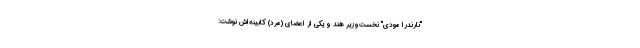
"نارندرا مودی" نخست‌وزیر هند و یکی از اعضای (مرد) کابینه‌اش نوشت: